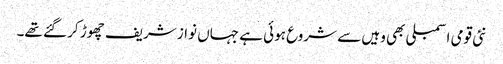
نئی قومی اسمبلی بھی وہیں سے شروع ہوئی ہے جہاں نواز شریف چھوڑ کر گئے تھے۔